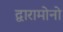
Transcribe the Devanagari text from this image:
द्वारामोनो